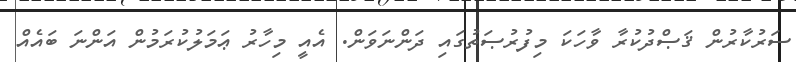
ސަރުކާރުން ޤަޞްދުކުރާ ވާހަކަ މިފުރުޞަތުގައި ދަންނަވަން. އެއީ މިހާރު ޢަމަލުކުރަމުން އަންނަ ބައެއް